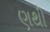
ણથી